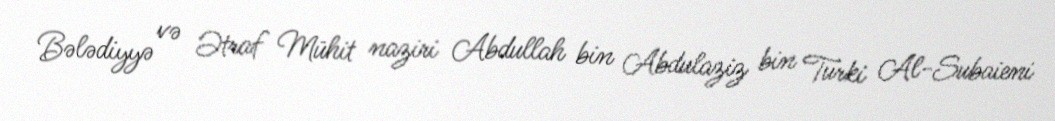
Bələdiyyə və Ətraf Mühit naziri Abdullah bin Abdulaziz bin Turki Al-Subaieni